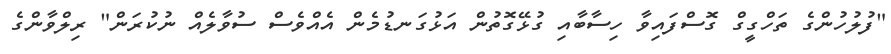
"ފުލުހުންގެ ތަހްގީގް ގޮސްފައިވާ ހިސާބާއި ގުޅޭގޮތުން އަޅުގަނޑުމެން އެއްވެސް ސުވާލެއް ނުކުރަން" ރިލްވާންގެ